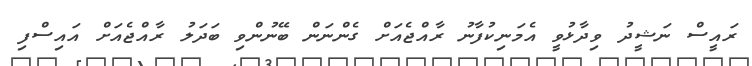
ރައީސް ނަޝީދު ވިދާޅުވީ އެމަނިކުފާނު ރާއްޖެއަށް ގެންނަން ބޭނުންވި ބަދަލު ރާއްޖެއަށް އައިސްފި